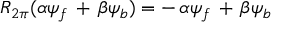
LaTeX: R _ { 2 \pi } ( { \alpha } { \psi } _ { f } \, + \, { \beta } { \psi } _ { b } ) = - \, { \alpha } { \psi } _ { f } \, + \, { \beta } { \psi } _ { b }